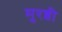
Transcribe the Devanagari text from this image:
मुरब्बी